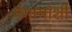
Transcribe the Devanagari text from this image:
गंगम्मांशी